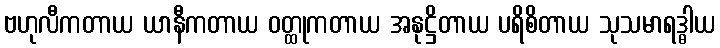
ဗဟုလီကတာယ ယာနီကတာယ ဝတ္ထုကတာယ အနုဋ္ဌိတာယ ပရိစိတာယ သုသမာရဒ္ဓါယ